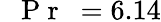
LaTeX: \mathrm{~\textit~{~P~r~}~}=6.14